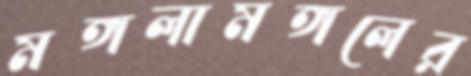
মঙ্গলামঙ্গলের